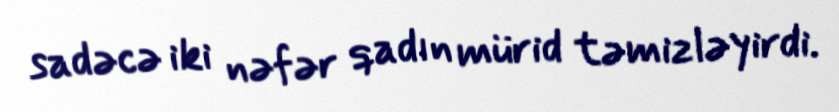
sadəcə iki nəfər qadın mürid təmizləyirdi.